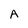
Character: A